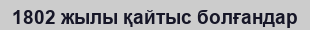
1802 жылы қайтыс болғандар